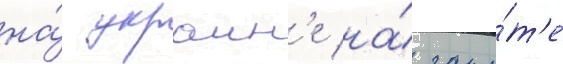
на́ украин'е на́ защи́т'е